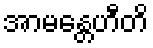
အာမန္တေဟီတိ